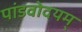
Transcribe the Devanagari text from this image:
पांडवोदयम्